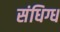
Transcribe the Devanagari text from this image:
संधिग्ध